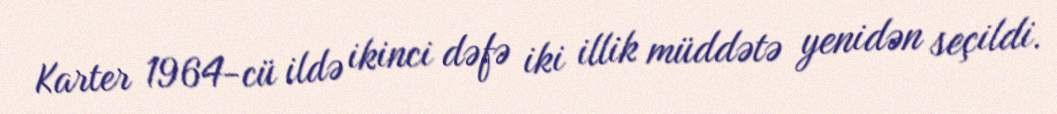
Karter 1964-cü ildə ikinci dəfə iki illik müddətə yenidən seçildi.